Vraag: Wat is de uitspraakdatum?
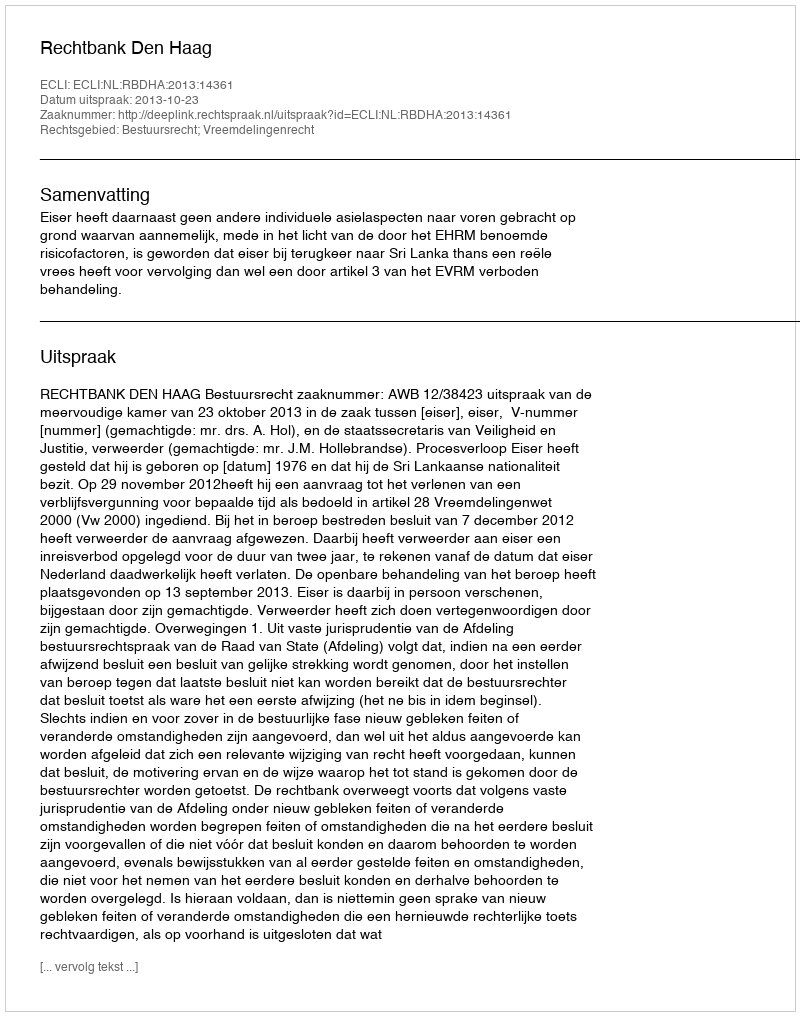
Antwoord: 2013-10-23